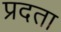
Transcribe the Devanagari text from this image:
प्रदता